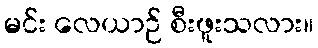
မင်း လေယာဉ် စီးဖူးသလား။